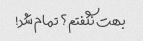
بهت نگفتم؟ تمام شد!